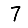
Digit: 7